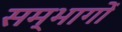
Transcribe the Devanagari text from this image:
सम्भागोँ